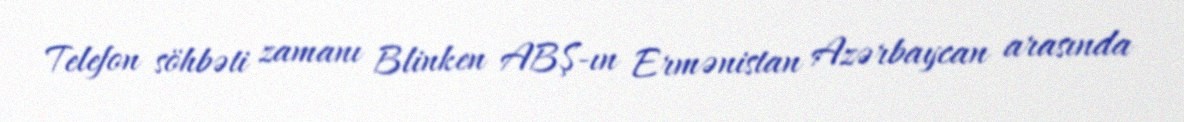
Telefon söhbəti zamanı Blinken ABŞ-ın Ermənistan Azərbaycan arasında